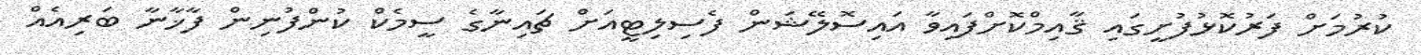
ކުރުމަށް ފަރުކޮޅުފުށީގައި ޤާއިމްކޮށްފައިވާ އައިސޮލޭޝަން ފެސިލިޓީއަށް ޗައިނާގެ ސީމެކް ކުންފުނިން ފާޚާނާ ބަރިއެއް